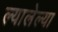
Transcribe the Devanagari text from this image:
ल्यालेल्या